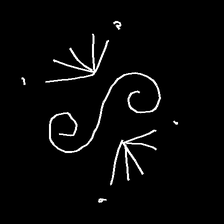
Glyph: aeroform